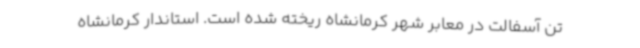
تن آسفالت در معابر شهر کرمانشاه ریخته شده است. استاندار کرمانشاه